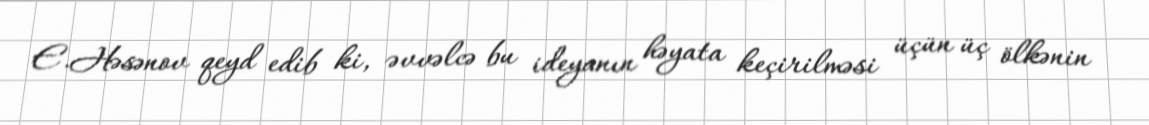
E.Həsənov qeyd edib ki, əvvəlcə bu ideyanın həyata keçirilməsi üçün üç ölkənin